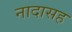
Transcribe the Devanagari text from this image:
नादासह